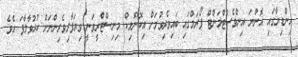
އިންޑިޔާގައި އޮންނަ އިންވެސްޓްމަންޓް ފޯރަމްގައި ބައިވެރިވުމަށް އިކޮނޮމިކް މިނިސްޓްރީވަނީ ވިޔަފާރިވެރިންނަށް ހުޅުވާލާފަ އެވެ.